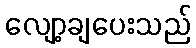
လျော့ချပေးသည်